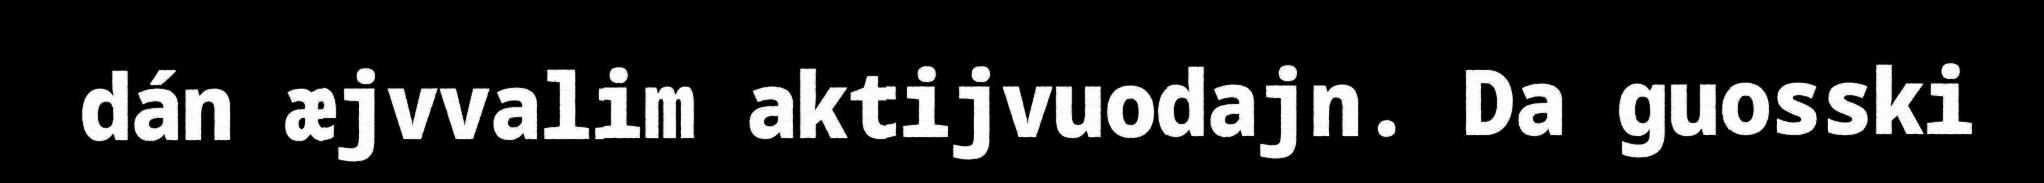
dán æjvvalim aktijvuodajn. Da guosski